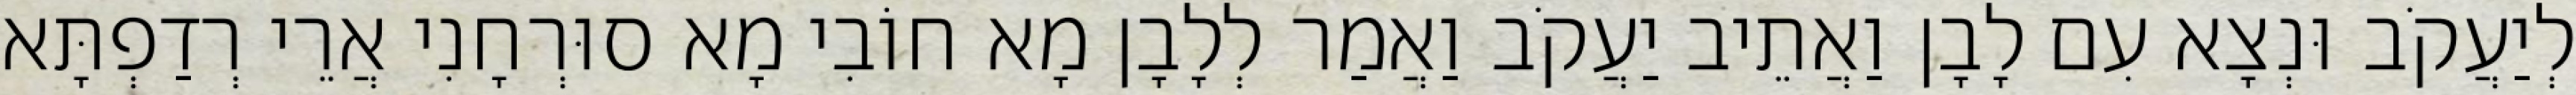
לְיַעֲקֹב וּנְצָא עִם לָבָן וַאֲתֵיב יַעֲקֹב וַאֲמַר לְלָבָן מָא חוֹבִי מָא סוּרְחָנִי אֲרֵי רְדַפְתָּא